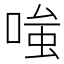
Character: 𭉕